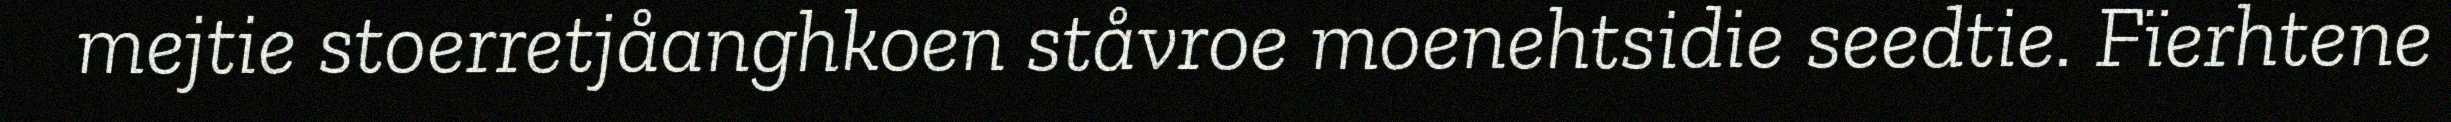
mejtie stoerretjåanghkoen ståvroe moenehtsidie seedtie. Fïerhtene